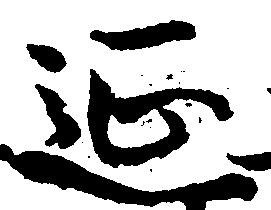
延